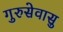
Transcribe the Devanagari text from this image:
गुरुसेवासु